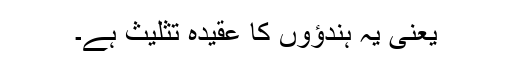
یعنی یہ ہندؤوں کا عقیدہ تثلیث ہے۔